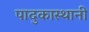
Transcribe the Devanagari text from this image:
पादुकास्थानी